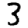
Digit: 3